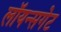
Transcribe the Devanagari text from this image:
लॉयन्सगेट